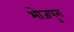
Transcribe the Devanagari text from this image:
भोजपुरा